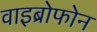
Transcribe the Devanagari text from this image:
वाइब्रोफोन